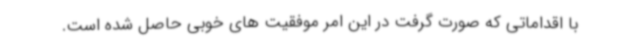
با اقداماتی که صورت گرفت در این امر موفقیت های خوبی حاصل شده است.